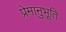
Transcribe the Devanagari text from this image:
प्रेमानुभूति